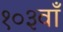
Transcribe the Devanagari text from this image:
१०३वाँ